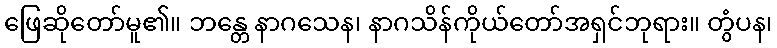
ဖြေဆိုတော်မူ၏။ ဘန္တေ နာဂသေန၊ နာဂသိန်ကိုယ်တော်အရှင်ဘုရား။ တွံပန၊